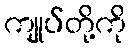
ကျုပ်တို့ကို